Tartu_Kolgata_baptistikogudus, lk 88
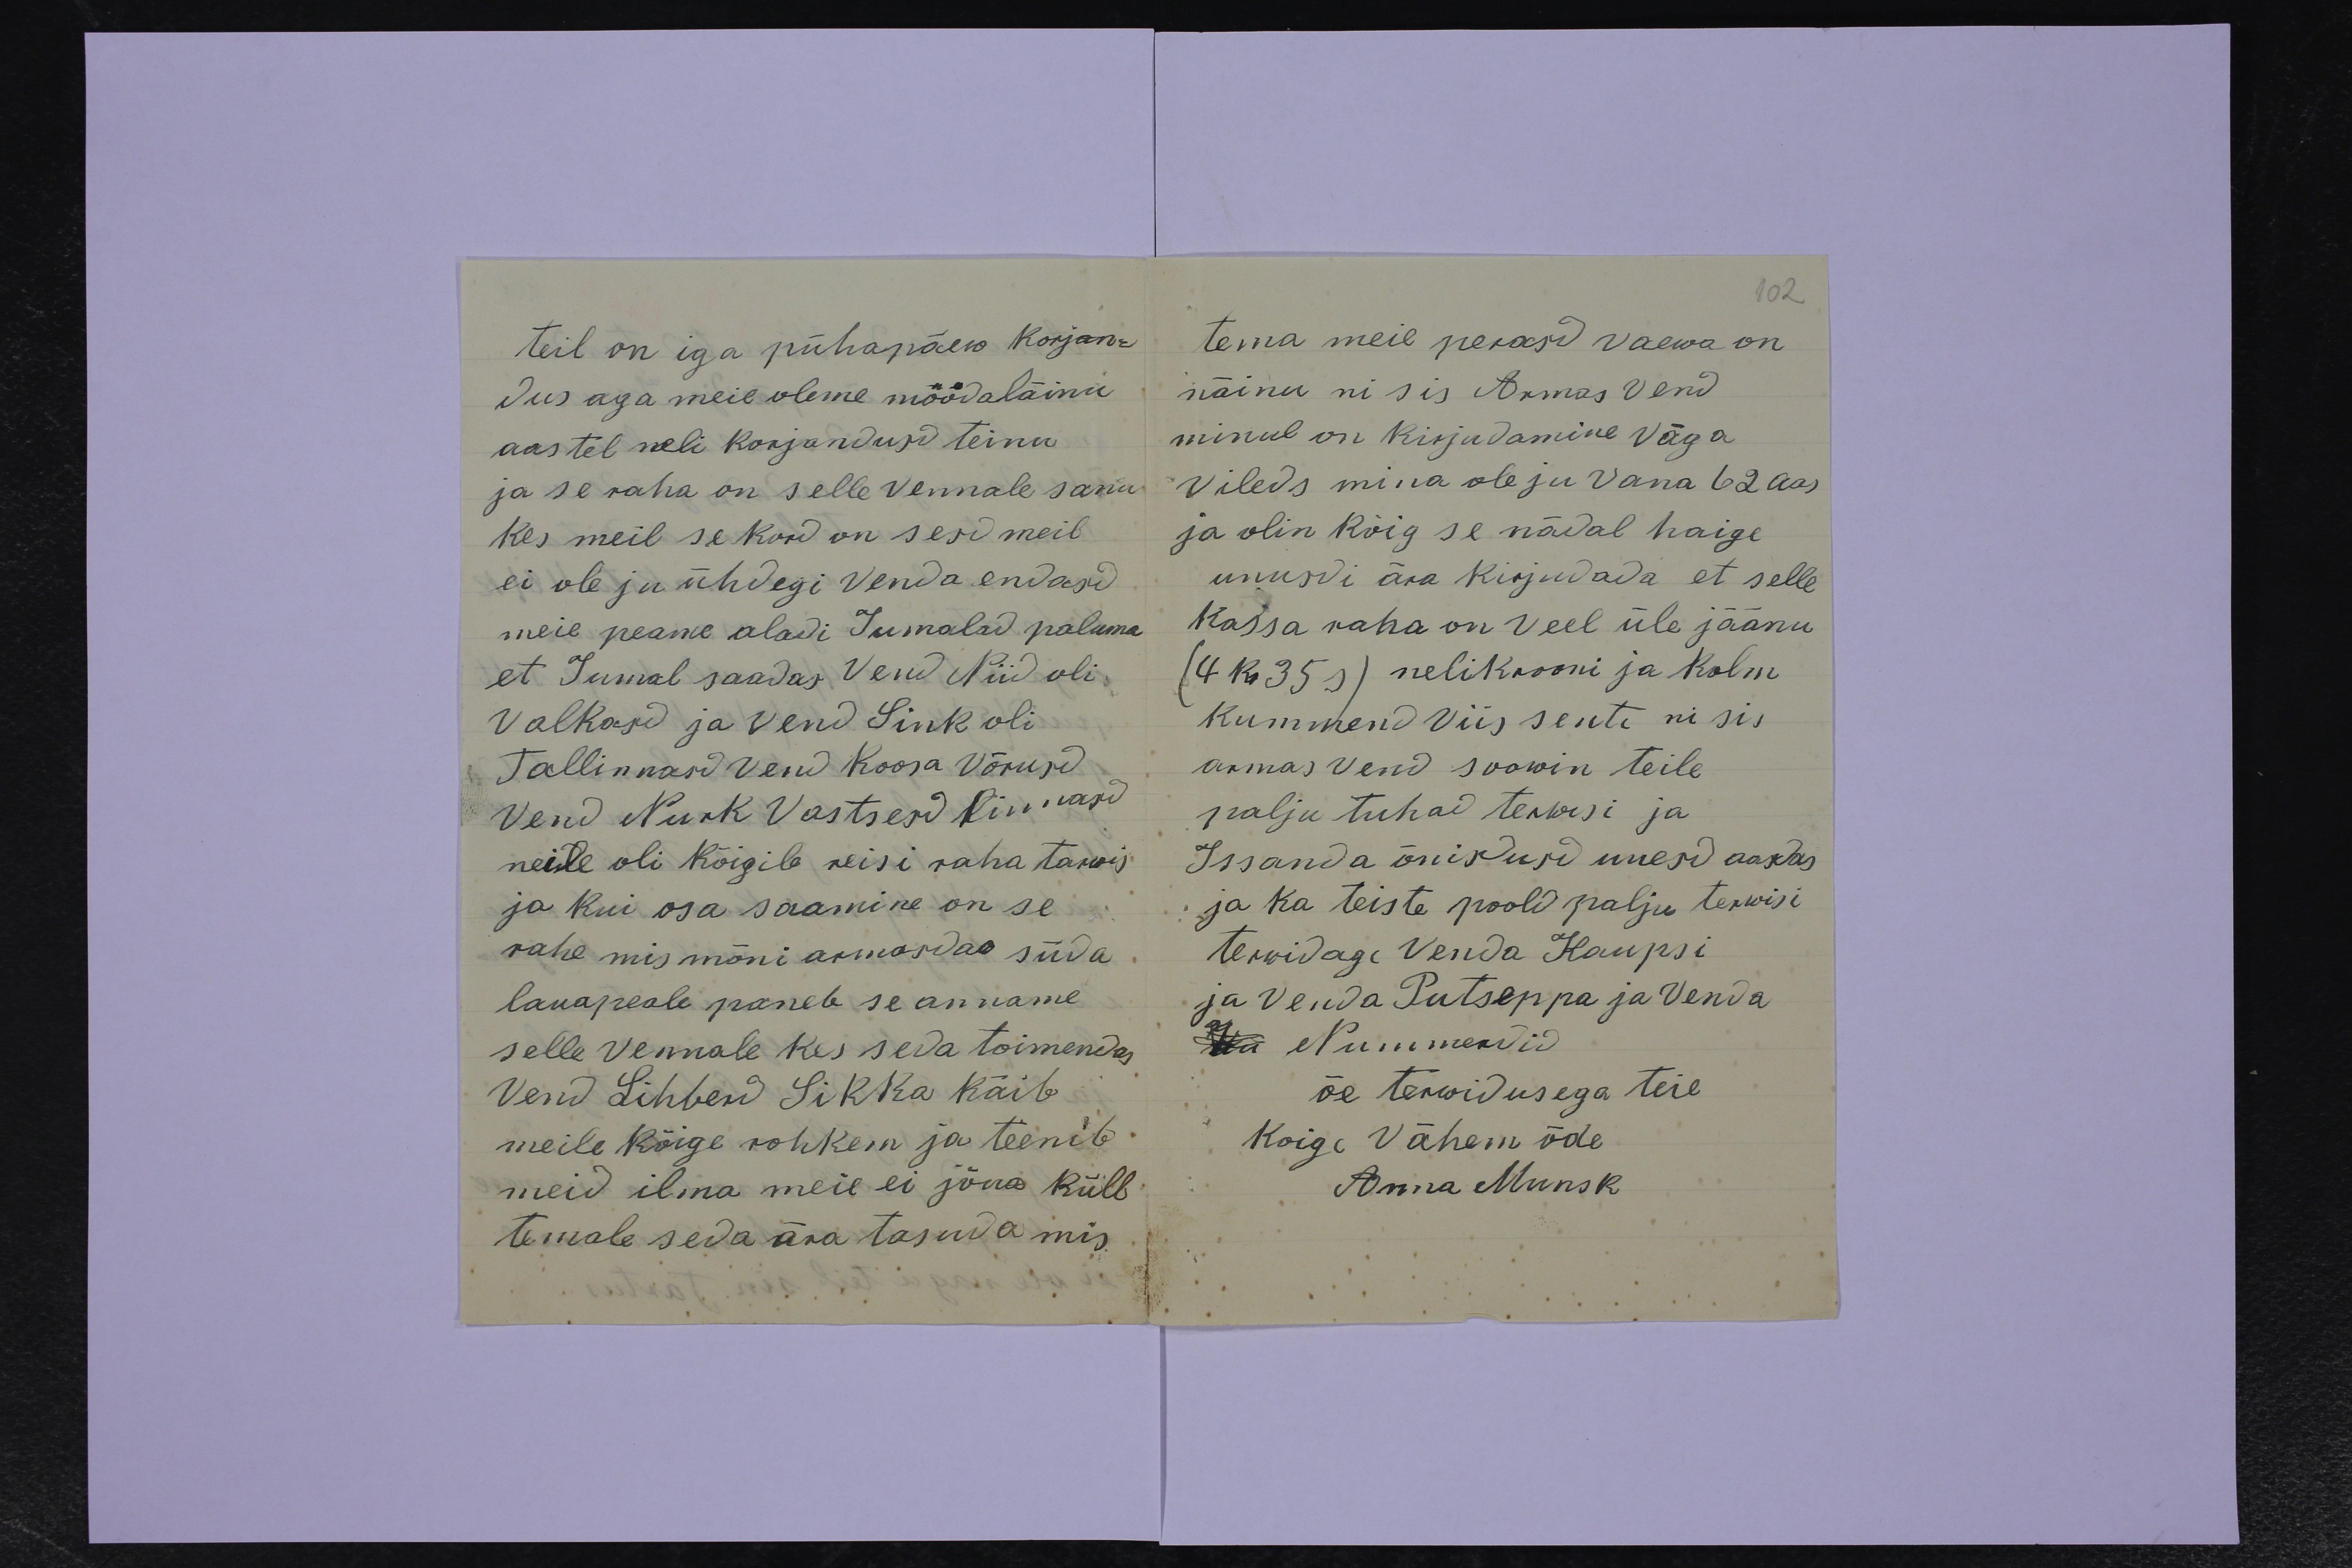
teil on iga pühapäew korjan-
dus aga meie oleme möödaläinu
aastel neli korjandusd teinu
ja se raha on selle vennale sanu
kes meil se kord on sesd meil
ei ole ju ühdegi venda endasd
meie peame aladi Jumalad paluma
et Jumal saadas vend Niid oli
Valkasd ja vend Sink oli
Tallinnasd vend Koosa Võrusd
Vend Nurk Vastsesd linnasd
neile oli kõigile reisi raha tawis
ja kui osa saamine on se
rahe mis mõni armasdas süda
lauapeale paneb se anname
selle Vennale kes seda toimendas
Vend Lihberd Sikka käib
meile kõige rohkem ja teenib
meid ilma meie ei jõua küll
temale seda ära tasuda mis

102
tema meie perasd vaewa on
näinu ni siis Armas Vend
minul on kirjudamine väga
vileds mina ole ju vana 62 aas
ja olin kõig se nädal haige
unusdi ära kirjudada et selle
kassa raha on veel üle jäänu
(4 kr 35 s) neli krooni ja kolm
kummend viis senti ni sis
armas vend soowin teile
palju tuhad terwisi ja
Issanda õnisdusd uuesd aasdas
ja ka teiste poold palju terwisi
terwidage venda Kaupsi
ja venda Putseppa ja Venda
Nummerdid
õe terwidusega teie
Koige Vähem õde
Anna Munsk